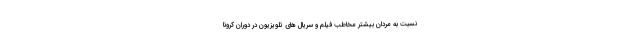
نسبت به مردان بیشتر مخاطب فیلم و سریال­ های تلویزیون در دوران کرونا